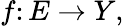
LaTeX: f\colon E\to Y,